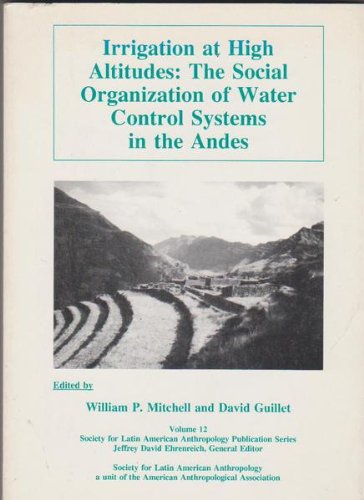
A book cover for Irrigation at High Altitudes: The Social Organization of Water Control Systems in the Andes (Society for Latin American Anthropology Publication, Vo); William P. Mitchell; Science & Math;